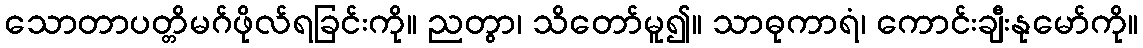
သောတာပတ္တိမဂ်ဖိုလ်ရခြင်းကို။ ညတွာ၊ သိတော်မူ၍။ သာဓုကာရံ၊ ကောင်းချီးနုမော်ကို။